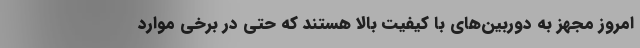
امروز مجهز به دوربین‌های با کیفیت بالا هستند که حتی در برخی موارد